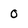
Character: 0